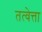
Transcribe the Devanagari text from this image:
तत्वेत्ता